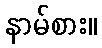
နာမ်စား။